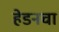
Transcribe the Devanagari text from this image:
हेडनचा